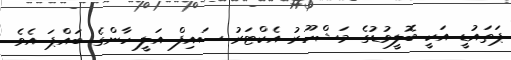
ޕަތައުޑީ އަކީ ބޮލީވުޑުގެ މަޝްހޫރު އެކްޓަރު ސައިފް އަލީ ހާންގެ ބައްޕަ އެވެ.